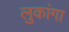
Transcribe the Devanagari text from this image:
लुकांगा